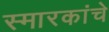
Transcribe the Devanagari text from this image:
स्‍मारकांचे